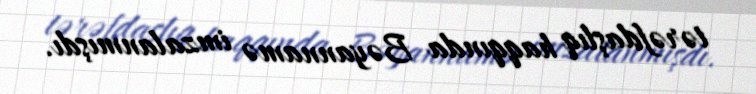
tərəfdaşlıq haqqında Bəyannamə imzalanmışdı.